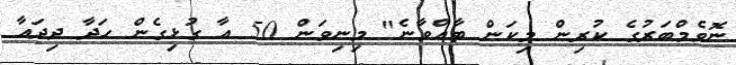
ނޮވެމްބަރުގެ ކުރިން މިކަން ބާއްވާނެ" މިނިވަން 50 އާ ގުޅިގެން ހަދާ ދިދައާ